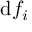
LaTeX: \mathrm { d } f _ { i }